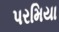
પરમિયા